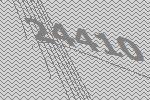
24410